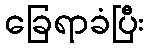
ခြေရာခံပြီး